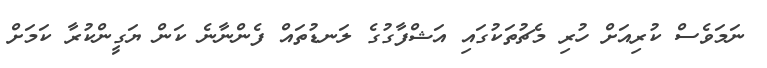
ނަމަވެސް ކުރިއަށް ހުރި މެޗުތަކުގައި އަޝްފާގުގެ ލަނޑުތައް ފެންނާނެ ކަން ޔަގީންކުރާ ކަމަށް